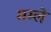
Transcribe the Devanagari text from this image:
मम्ले